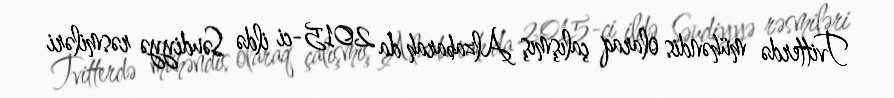
Tvitterdə mühəndis olaraq çalışmış Alzabarah da 2015-ci ildə Səudiyyə rəsmiləri